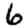
Digit: 6